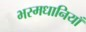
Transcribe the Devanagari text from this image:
भस्मधानियाँ